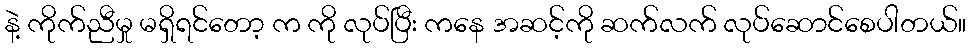
နဲ့ ကိုက်ညီမှု မရှိရင်တော့ က ကို လုပ်ပြီး ကနေ အဆင့်ကို ဆက်လက် လုပ်ဆောင်စေပါတယ်။